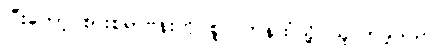
ပြီးတော့ စားစရာဗန်းကို စူလတန်ထံသို့ ယူလာခဲ့သည်။